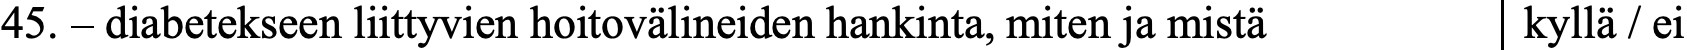
45. – diabetekseen liittyvien hoitovälineiden hankinta, miten ja mistä kyllä / ei